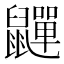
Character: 𮮯